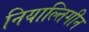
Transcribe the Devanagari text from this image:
नियाल्तिगीन